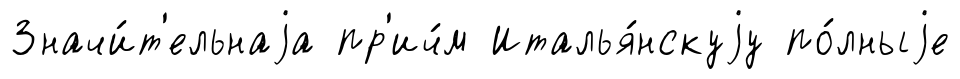
Значи́т'ельнаjа пр'ич́м Италья́нскуjу по́лныjе